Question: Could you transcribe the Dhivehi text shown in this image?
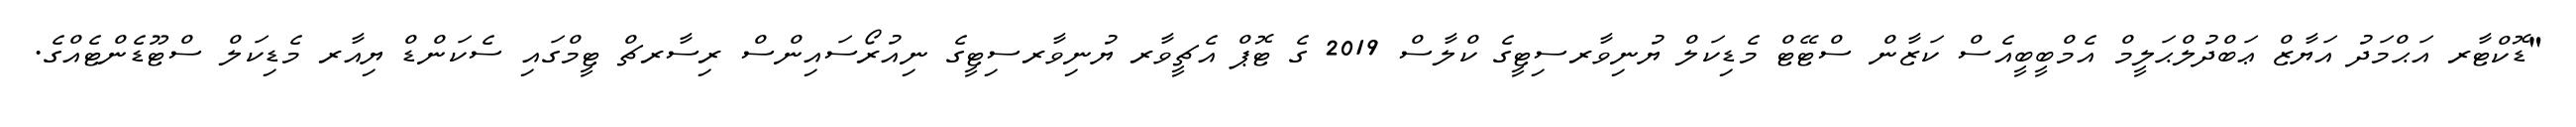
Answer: "ޑޮކްޓާރ އަޙްމަދު އަޔާޒް ޢަބްދުލްޙަލީމް އެމްބީބީއެސް ކަޒާން ސްޓޭޓް މެޑިކަލް ޔުނިވާރސިޓީގެ ކްލާސް 2019 ގެ ޓޮޕް އެޗީވާރ ޔުނިވާރސިޓީގެ ނިއުރޯސައިންސް ރިސާރޗް ޓީމްގައި ސެކަންޑް ޔިއާރ މެޑިކަލް ސްޓޫޑެންޓެއްގެ.